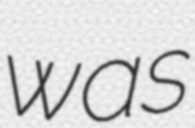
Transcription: was